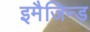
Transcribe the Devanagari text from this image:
इमैजिन्ड